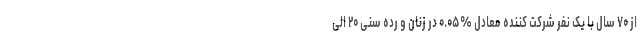
از ۷۰ سال با یک نفر شرکت کننده معادل %۰.۰۵ در زنان و رده سنی ۲۰ الی